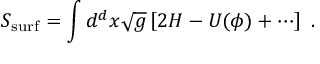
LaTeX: S _ { \mathrm { s u r f } } = \int d ^ { d } x \sqrt { g } \left[ 2 H - U ( \phi ) + \cdots \right] ~ .